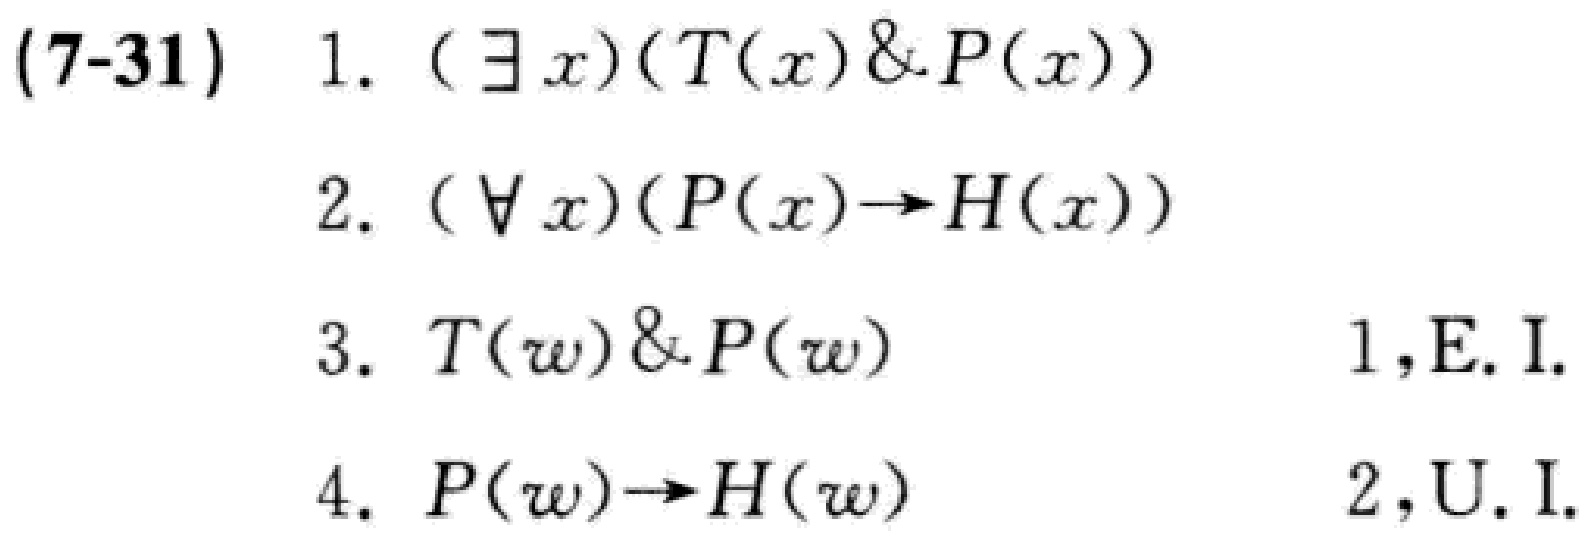
(7-31)
1. $(\exists x)(T(x) \& P(x))$
2. $(\forall x)(P(x)\rightarrow H(x))$
3. $T(w) \& P(w)$ \qquad 1,E.I.
4. $P(w)\rightarrow H(w)$ \qquad 2,U.I.